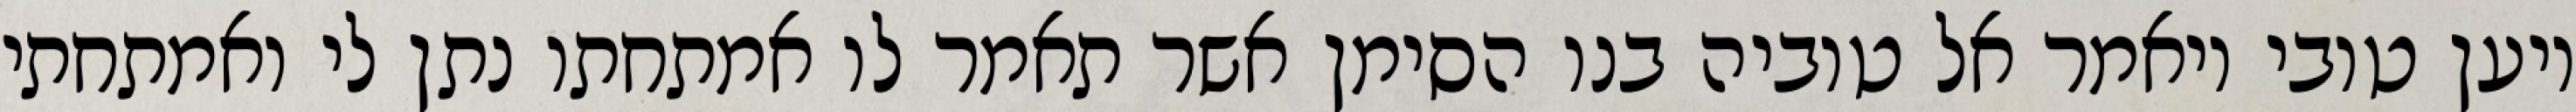
ויען טובי ויאמר אל טוביה בנו הסימן אשר תאמר לו אמתחתו נתן לי ואמתחתי